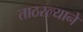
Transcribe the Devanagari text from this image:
ताठरल्याने